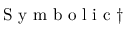
\mathrm { ~ S ~ y ~ m ~ b ~ o ~ l ~ i ~ c ~ } { \dagger }